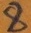
Text: 8